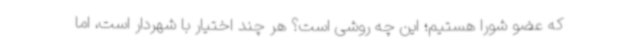
که عضو شورا هستیم؛ این چه روشی است؟ هر چند اختیار با شهردار است، اما